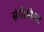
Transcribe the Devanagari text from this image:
संधीसोबत